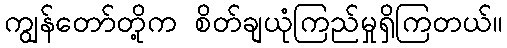
ကျွန်တော်တို့က စိတ်ချယုံကြည်မှုရှိကြတယ်။